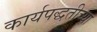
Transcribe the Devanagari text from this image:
कार्यपद्धतीच्या